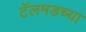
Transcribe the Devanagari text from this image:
टॅलमडच्या